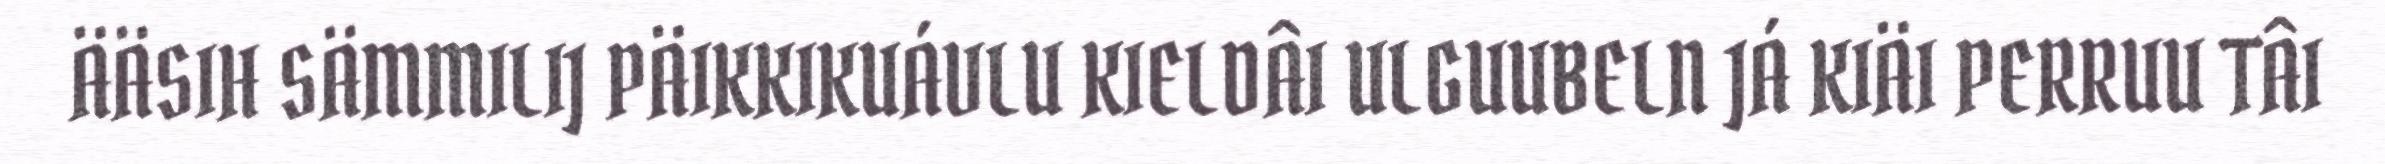
ÄÄSIH SÄMMILIJ PÄIKKIKUÁVLU KIELDÂI ULGUUBELN JÁ KIÄI PERRUU TÂI